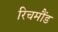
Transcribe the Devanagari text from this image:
रिचमौंड